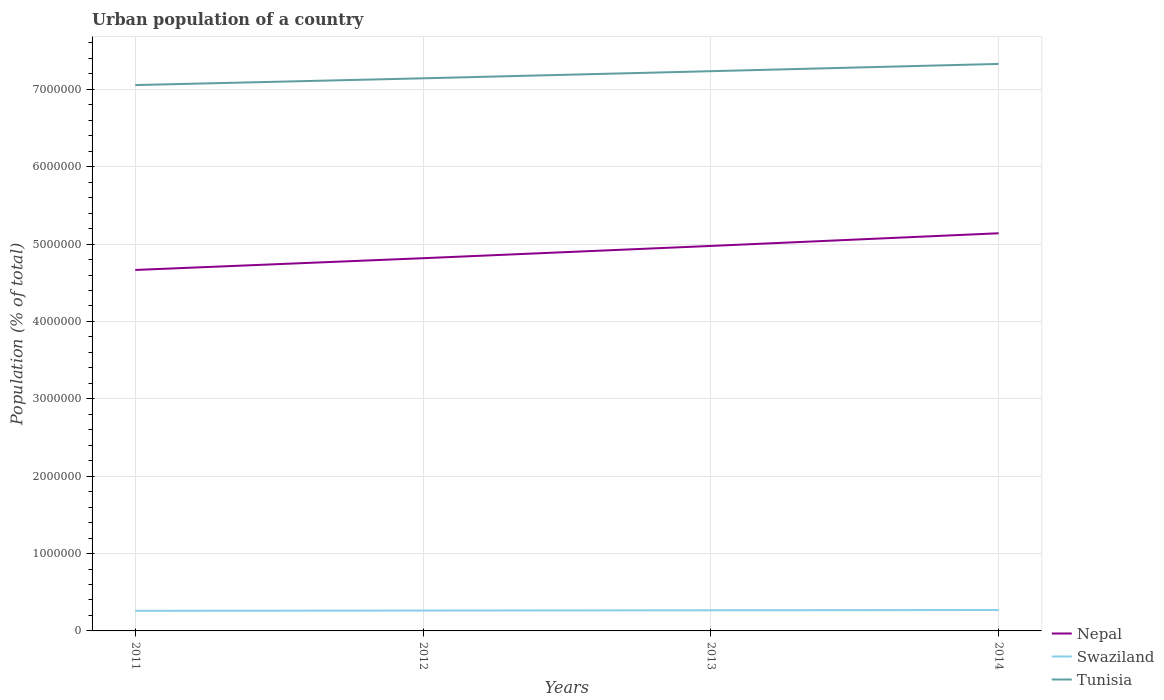
| Years | Nepal | Swaziland | Tunisia |
 | --- | --- | --- | --- |
 | 2011 | 4.67e+06 | 2.6e+05 | 7.06e+06 |
 | 2012 | 4.82e+06 | 2.63e+05 | 7.14e+06 |
 | 2013 | 4.98e+06 | 2.67e+05 | 7.23e+06 |
 | 2014 | 5.14e+06 | 2.71e+05 | 7.33e+06 |